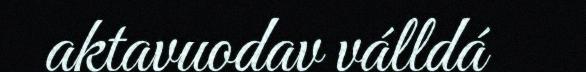
aktavuodav válldá